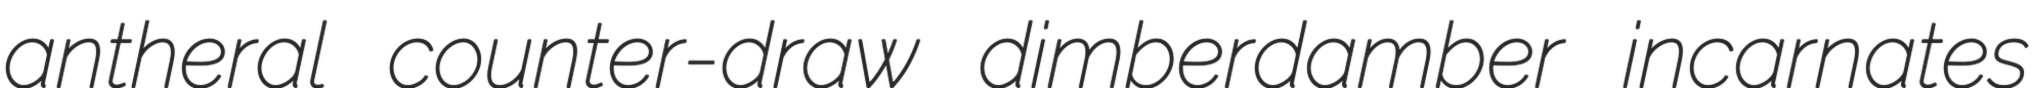
antheral counter-draw dimberdamber incarnates